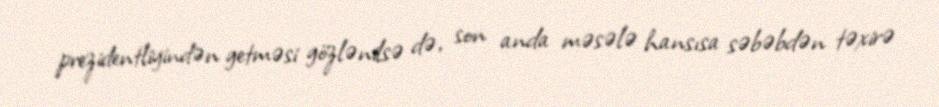
prezidentliyindən getməsi gözlənilsə də, son anda məsələ hansısa səbəbdən təxirə